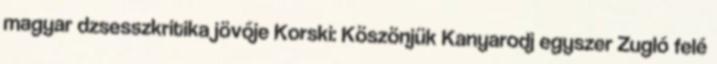
magyar dzsesszkritika jövője Korski: Köszönjük Kanyarodj egyszer Zugló felé